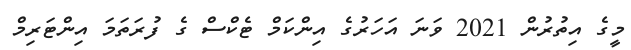
މީގެ އިތުރުން 2021 ވަނަ އަހަރުގެ އިންކަމް ޓެކްސް ގެ ފުރަތަމަ އިންޓަރިމް